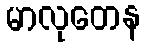
မာလုတေန